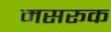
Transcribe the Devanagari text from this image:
मसरूक